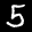
Label: 5